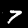
Label: 7